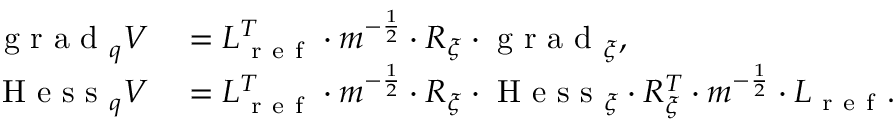
\begin{array} { r l } { \mathrm { ~ g ~ r ~ a ~ d ~ } _ { q } V } & { { } = L _ { \mathrm { ~ r ~ e ~ f ~ } } ^ { T } \cdot m ^ { - \frac { 1 } { 2 } } \cdot R _ { \xi } \cdot \mathrm { ~ g ~ r ~ a ~ d ~ } _ { \xi } , } \\ { \mathrm { ~ H ~ e ~ s ~ s ~ } _ { q } V } & { { } = L _ { \mathrm { ~ r ~ e ~ f ~ } } ^ { T } \cdot m ^ { - \frac { 1 } { 2 } } \cdot R _ { \xi } \cdot \mathrm { ~ H ~ e ~ s ~ s ~ } _ { \xi } \cdot R _ { \xi } ^ { T } \cdot m ^ { - \frac { 1 } { 2 } } \cdot L _ { \mathrm { ~ r ~ e ~ f ~ } } . } \end{array}